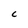
Character: C